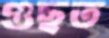
গুছত